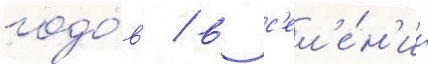
годо́в / в с'ел'е́н'ии